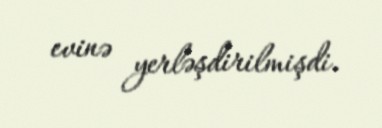
evinə yerləşdirilmişdi.